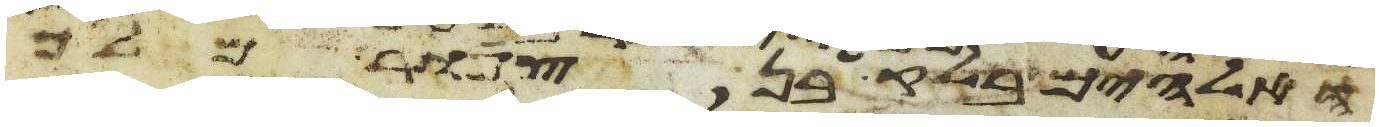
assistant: האלהים בלק בן צפור מלך